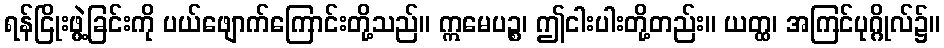
ရန်ငြိုးဖွဲ့ခြင်းကို ပယ်ဖျောက်ကြောင်းတို့သည်။ ဣမေပဉ္စ၊ ဤငါးပါးတို့တည်း။ ယတ္ထ၊ အကြင်ပုဂ္ဂိုလ်၌။